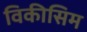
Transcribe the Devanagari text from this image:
विकीसिम